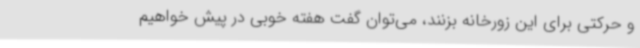
و حرکتی برای این زورخانه بزنند، می‌توان گفت هفته خوبی در پیش خواهیم